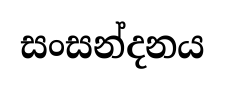
සංසන්දනය